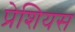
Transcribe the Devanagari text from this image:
प्रेशियस